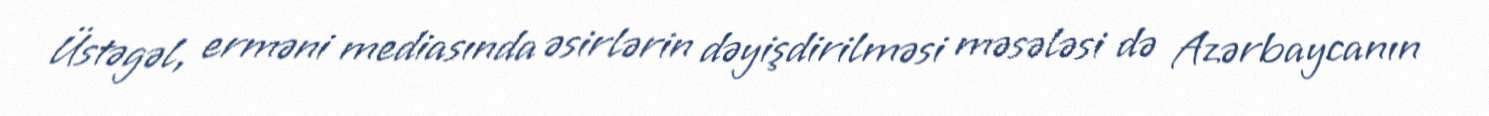
Üstəgəl, erməni mediasında əsirlərin dəyişdirilməsi məsələsi də Azərbaycanın